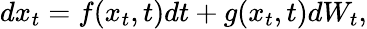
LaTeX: dx_{t}=f(x_{t},t)dt+g(x_{t},t)dW_{t},